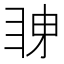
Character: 𭻋